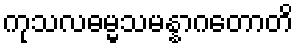
ကုသလဓမ္မသမန္နာဂတောတိ